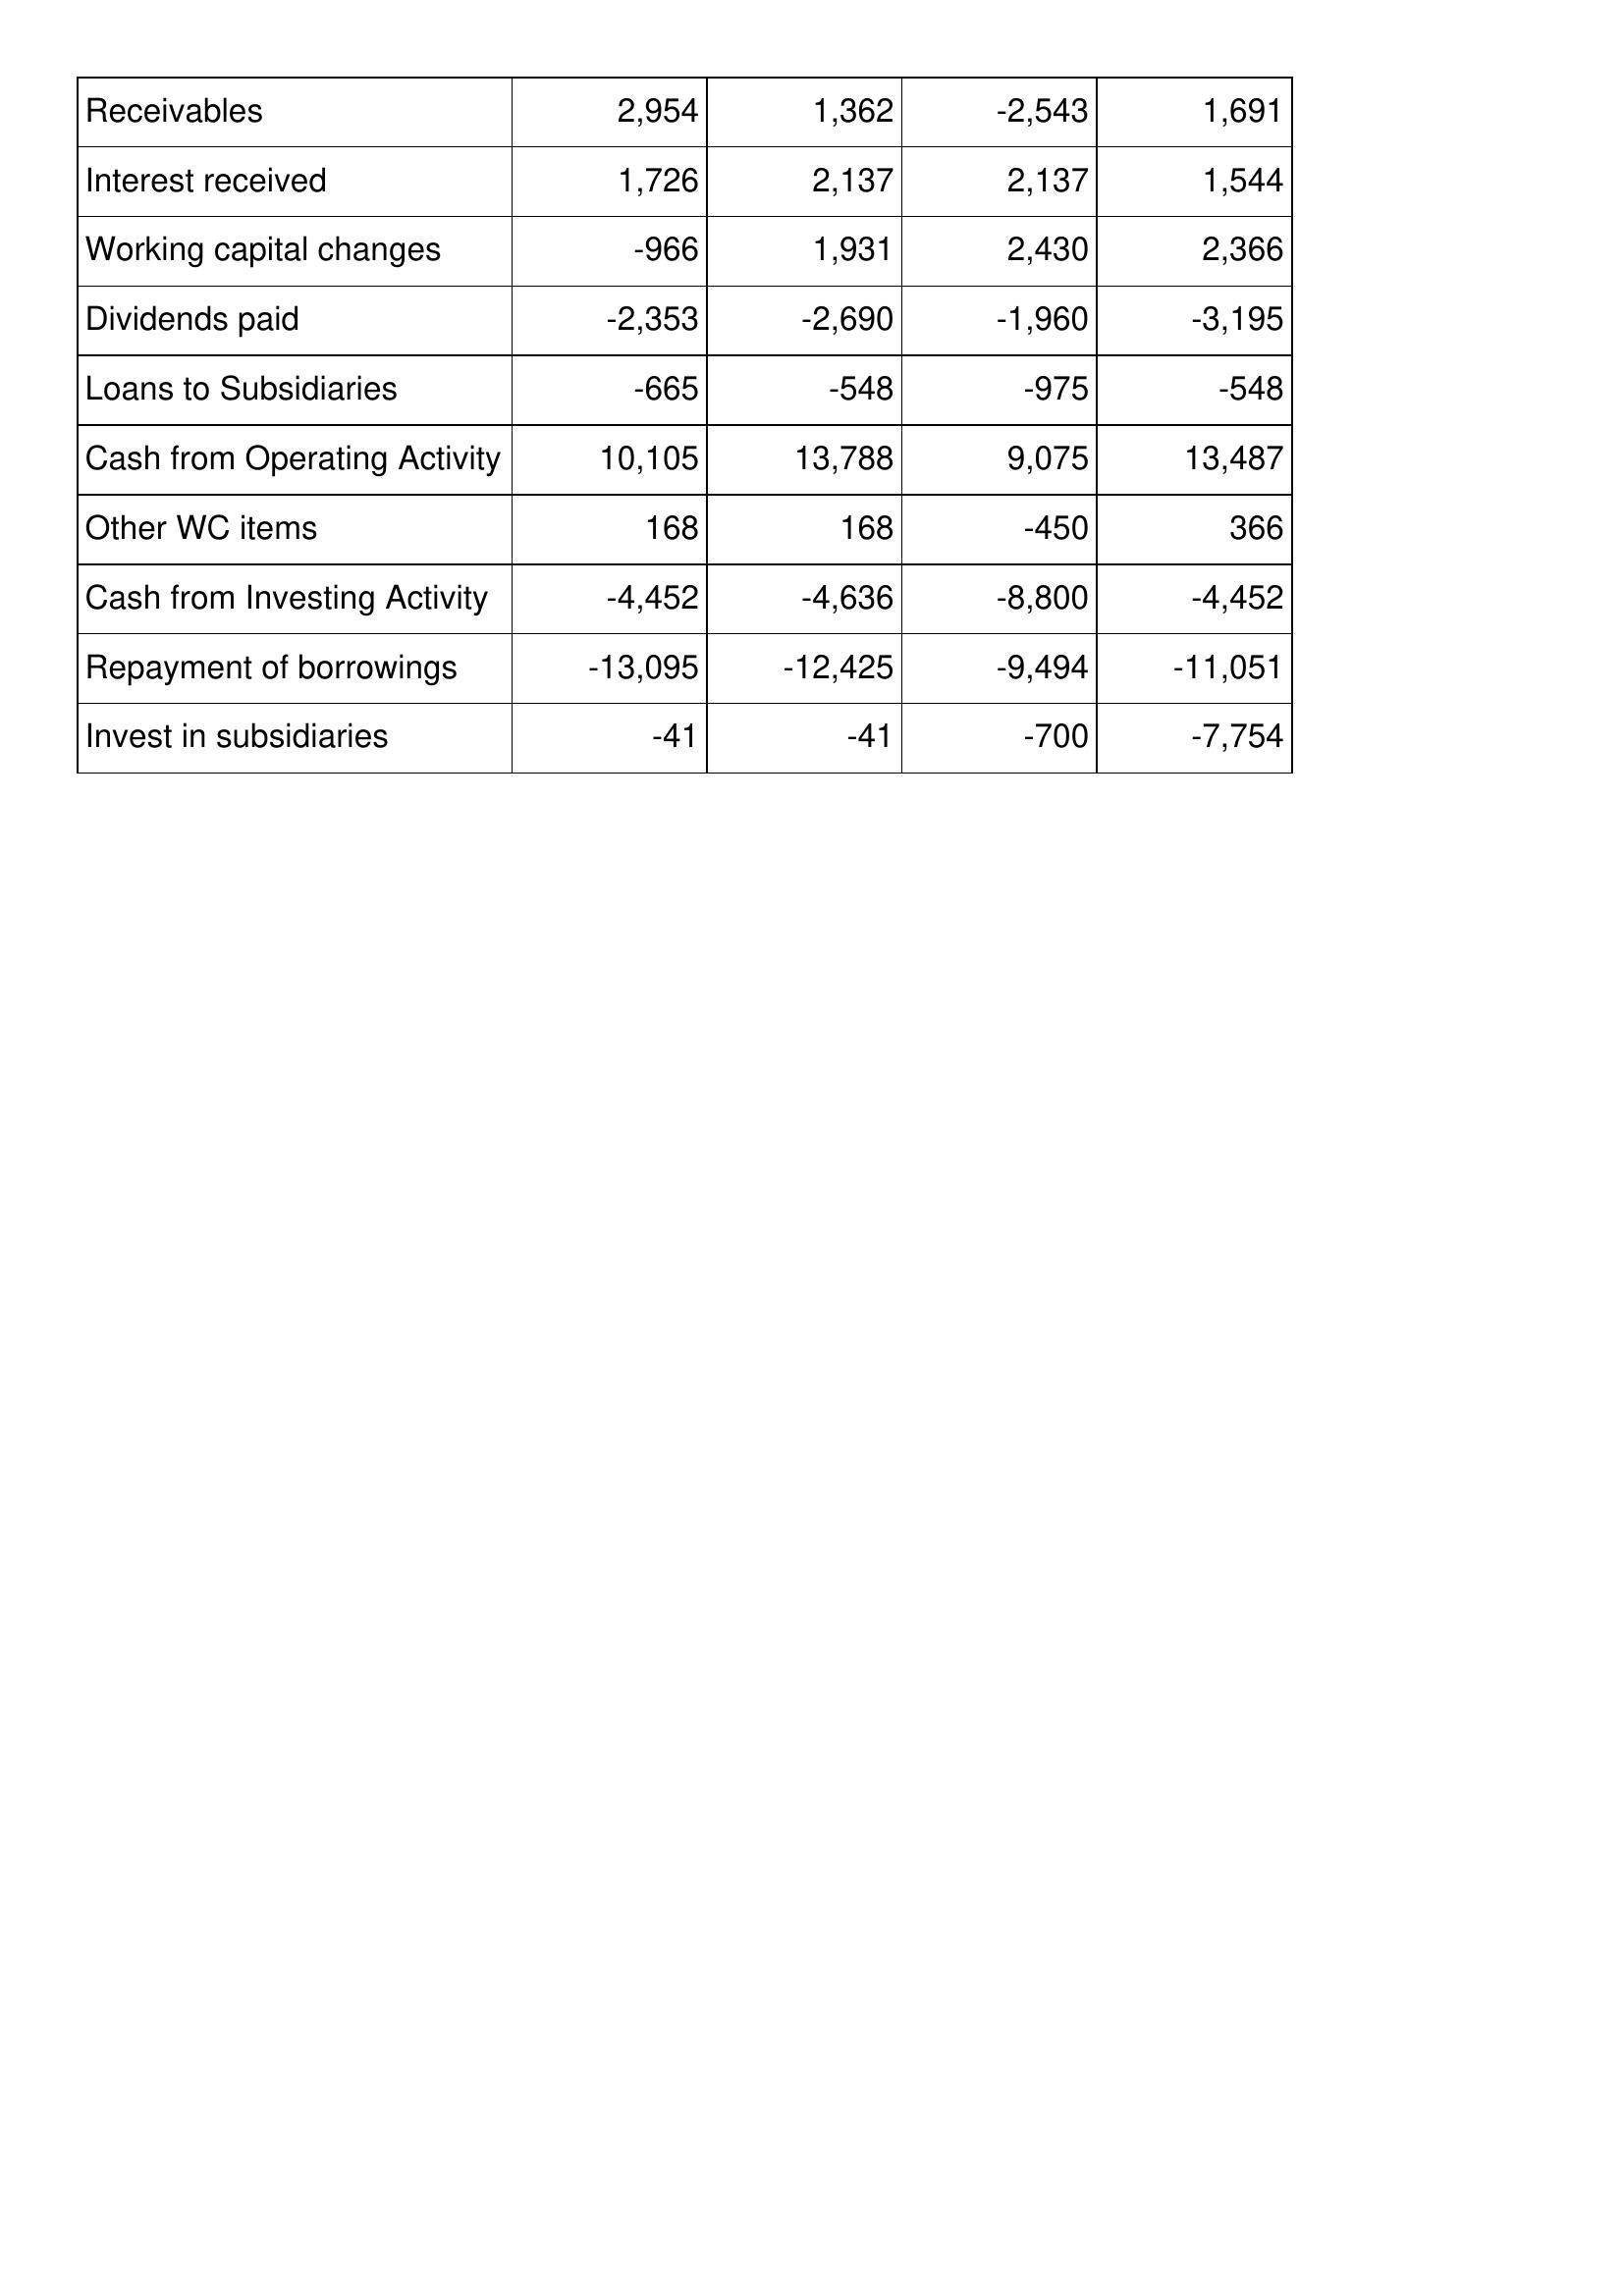
Aug-13: Cash Flows: Receivables: 2,954
Interest received: 1,726
Working capital changes: -966
Dividends paid: -2,353
Loans to Subsidiaries: -665
Cash from Operating Activity: 10,105
Other WC items: 168
Cash from Investing Activity: -4,452
Repayment of borrowings: -13,095
Invest in subsidiaries: -41
Aug-12: Cash Flows: Receivables: 1,362
Interest received: 2,137
Working capital changes: 1,931
Dividends paid: -2,690
Loans to Subsidiaries: -548
Cash from Operating Activity: 13,788
Other WC items: 168
Cash from Investing Activity: -4,636
Repayment of borrowings: -12,425
Invest in subsidiaries: -41
Aug-11: Cash Flows: Receivables: -2,543
Interest received: 2,137
Working capital changes: 2,430
Dividends paid: -1,960
Loans to Subsidiaries: -975
Cash from Operating Activity: 9,075
Other WC items: -450
Cash from Investing Activity: -8,800
Repayment of borrowings: -9,494
Invest in subsidiaries: -700
Aug-10: Cash Flows: Receivables: 1,691
Interest received: 1,544
Working capital changes: 2,366
Dividends paid: -3,195
Loans to Subsidiaries: -548
Cash from Operating Activity: 13,487
Other WC items: 366
Cash from Investing Activity: -4,452
Repayment of borrowings: -11,051
Invest in subsidiaries: -7,754